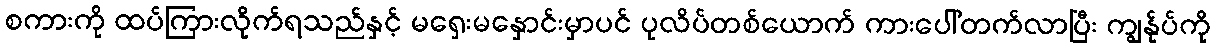
စကားကို ထပ်ကြားလိုက်ရသည်နှင့် မရှေးမနှောင်းမှာပင် ပုလိပ်တစ်ယောက် ကားပေါ်တက်လာပြီး ကျွန်ုပ်ကို